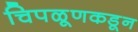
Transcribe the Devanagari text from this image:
चिपळूणकडून